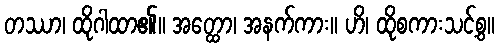
တဿာ၊ ထိုဂါထာ၏။ အတ္ထော၊ အနက်ကား။ ဟိ၊ ထိုစကားသင့်စွ။